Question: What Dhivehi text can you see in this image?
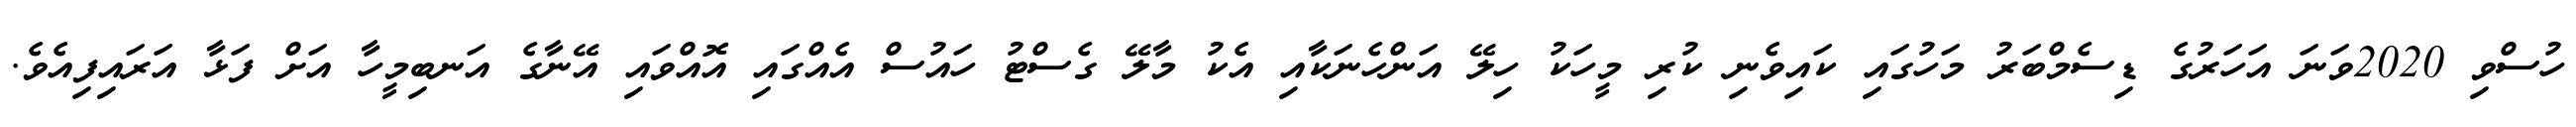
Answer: ހުސްވި 2020ވަނަ އަހަރުގެ ޑިސެމްބަރު މަހުގައި ކައިވެނި ކުރި މީހަކު ހިލޭ އަންހެނަކާއި އެކު މާލޭ ގެސްޓު ހައުސް އެއްގައި އޮއްވައި އޭނާގެ އަނބިމީހާ އަށް ފަޅާ އަރައިފިއެވެ.